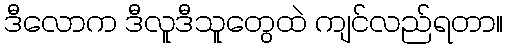
ဒီလောက ဒီလူဒီသူတွေထဲ ကျင်လည်ရတာ။